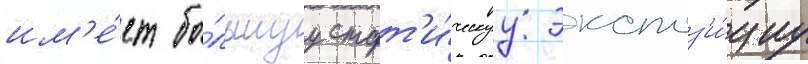
им'е́ет бо́льшуу стат'и́ческуу экспоз'и́циу